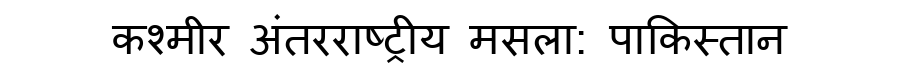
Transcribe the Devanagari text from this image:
कश्मीर अंतरराष्ट्रीय मसला: पाकिस्तान